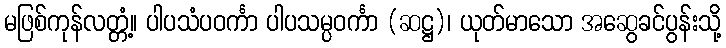
မဖြစ်ကုန်လတ္တံ့။ ပါပသံပဝင်္ကာ ပါပသမ္ပဝင်္ကာ (ဆဋ္ဌ)၊ ယုတ်မာသော အဆွေခင်ပွန်းသို့